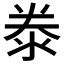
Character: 𣳾